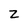
Character: z